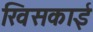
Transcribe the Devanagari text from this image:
खिसकाई